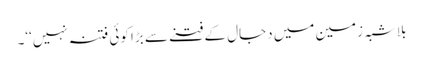
بلاشبہ زمین میں دجال کے فتنے سے بڑا کوئی فتنہ نہیں‘‘۔